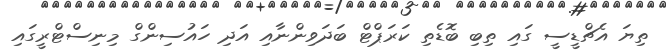
ތިޔަ އެޗްޑީސީ ގައި ތިބި ބޮޑެތި ކަރަޕްޓް ބަދަވިންނާއި އަދި ހައުސިންގް މިނިސްޓްރީގައި